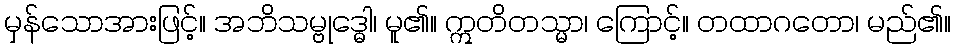
မှန်သောအားဖြင့်။ အဘိသမ္ဗုဒ္ဓေါ၊ မူ၏။ ဣတိတသ္မာ၊ ကြောင့်။ တထာဂတော၊ မည်၏။